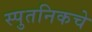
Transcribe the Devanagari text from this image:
स्पुतनिकचे